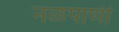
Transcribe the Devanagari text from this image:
नळपाणी